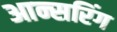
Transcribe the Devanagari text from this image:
आन्सरिंग